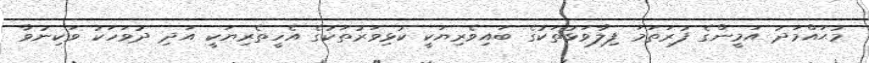
މުޙައްމަދު އަމީންގެ ފުރަތަމަ ފިލާވަޅުތަކުގެ ބައިވެރިޔަކީ ކުޅިވަރުތަކުގެ އެހީތެރިޔަކީ އަދި ދުވަހަކު ވަކިނުވާ